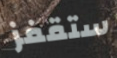
ستقفز